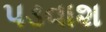
પડવાશ